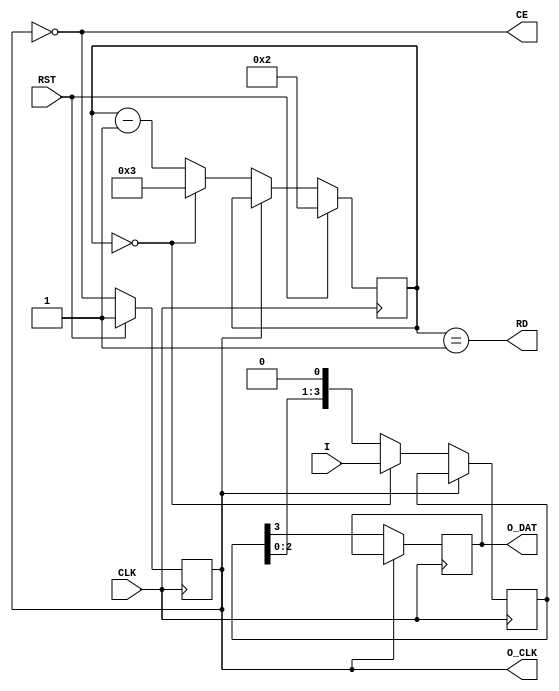
module serializer #
(
parameter WIDTH = 4,    // Serialization rate
parameter MODE  = "SDR" // "SDR" or "DDR"
)
(
// Clock & reset
input  wire CLK,
input  wire RST,

// Data input
input  wire[WIDTH-1:0] I,
output wire RD,
output wire CE,

// Serialized output
output wire O_CLK,
output wire O_DAT
);

// ============================================================================

generate if (MODE == "DDR" && (WIDTH & 1)) begin
    error for_DDR_mode_the_WIDTH_must_be_even ();
end endgenerate

// ============================================================================
// Output clock generation
reg  o_clk;
wire ce;

always @(posedge CLK)
    if (RST) o_clk <= 1'd1;
    else     o_clk <= !o_clk;

assign ce = !o_clk;

// ============================================================================
reg  [7:0]       count;
reg  [WIDTH-1:0] sreg;
wire             sreg_ld;

always @(posedge CLK)
    if (RST)            count <= 2;
    else if (ce) begin
        if (count == 0) count <= ((MODE == "DDR") ? (WIDTH/2) : WIDTH) - 1;
        else            count <= count - 1;
    end

assign sreg_ld = (count == 0);

always @(posedge CLK)
    if (ce) begin
        if (sreg_ld) sreg <= I;
        else         sreg <= sreg << ((MODE == "DDR") ? 2 : 1);
    end

wire [1:0] o_dat = sreg[WIDTH-1:WIDTH-2];

// ============================================================================
// SDR/DDR output FFs
reg o_reg;

always @(posedge CLK)
    if      (!o_clk && MODE == "SDR") o_reg <= o_dat[1]; // +
    else if (!o_clk && MODE == "DDR") o_reg <= o_dat[0]; // +
    else if ( o_clk && MODE == "DDR") o_reg <= o_dat[1]; // -
    else                              o_reg <= o_reg;

// ============================================================================

assign O_DAT = o_reg;
assign O_CLK = o_clk;

assign RD = (count == 1);
assign CE = ce;

endmodule